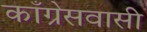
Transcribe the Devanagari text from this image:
काँग्रेसवासी